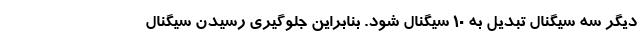
دیگر سه سیگنال تبدیل به ۱۰ سیگنال شود. بنابراین جلوگیری رسیدن سیگنال